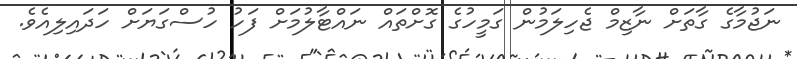
ނަޖުމާގެ ގާތަށް ނާޒިމް ޖެހިލަމުން ގަމީހުގެ ގޮށްތައް ނައްޓާލުމަށް ފަހު ހުސްގަޔަށް ހަދައިލިއެވެ.